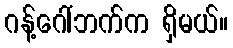
ဂန့်ဂေါ်ဘက်က ရှိမယ်။